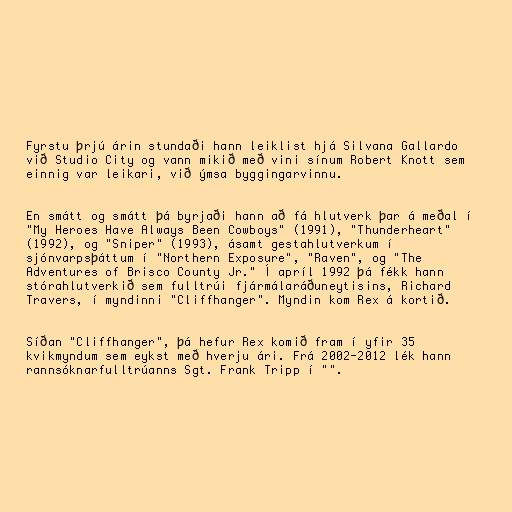
Fyrstu þrjú árin stundaði hann leiklist hjá Silvana Gallardo
við Studio City og vann mikið með vini sínum Robert Knott sem
einnig var leikari, við ýmsa byggingarvinnu.

En smátt og smátt þá byrjaði hann að fá hlutverk þar á meðal í
"My Heroes Have Always Been Cowboys" (1991), "Thunderheart"
(1992), og "Sniper" (1993), ásamt gestahlutverkum í
sjónvarpsþáttum í "Northern Exposure", "Raven", og "The
Adventures of Brisco County Jr." Í apríl 1992 þá fékk hann
stórahlutverkið sem fulltrúi fjármálaráðuneytisins, Richard
Travers, í myndinni "Cliffhanger". Myndin kom Rex á kortið.

Síðan "Cliffhanger", þá hefur Rex komið fram í yfir 35
kvikmyndum sem eykst með hverju ári. Frá 2002-2012 lék hann
rannsóknarfulltrúanns Sgt. Frank Tripp í "".